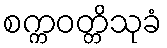
စက္ကဝတ္တိသုခံ